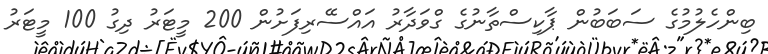
ބިންހެލުމުގެ ސަބަބުން ޕާކިސްތާނުގެ ގްވަދާރު އައްސޭރިފަށުން 200 މީޓަރު ދިގު 100 މީޓަރު